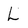
Character: L